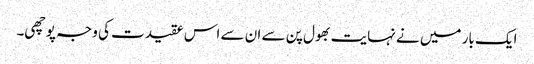
ایک بار میں نے نہایت بھول پن سے ان سے اس عقیدت کی وجہ پوچھی۔